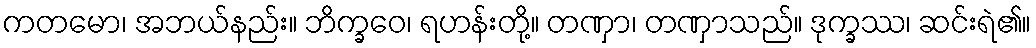
ကတမော၊ အဘယ်နည်း။ ဘိက္ခဝေ၊ ရဟန်းတို့။ တဏှာ၊ တဏှာသည်။ ဒုက္ခဿ၊ ဆင်းရဲ၏။